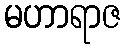
မဟာရာဇ